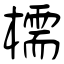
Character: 檽